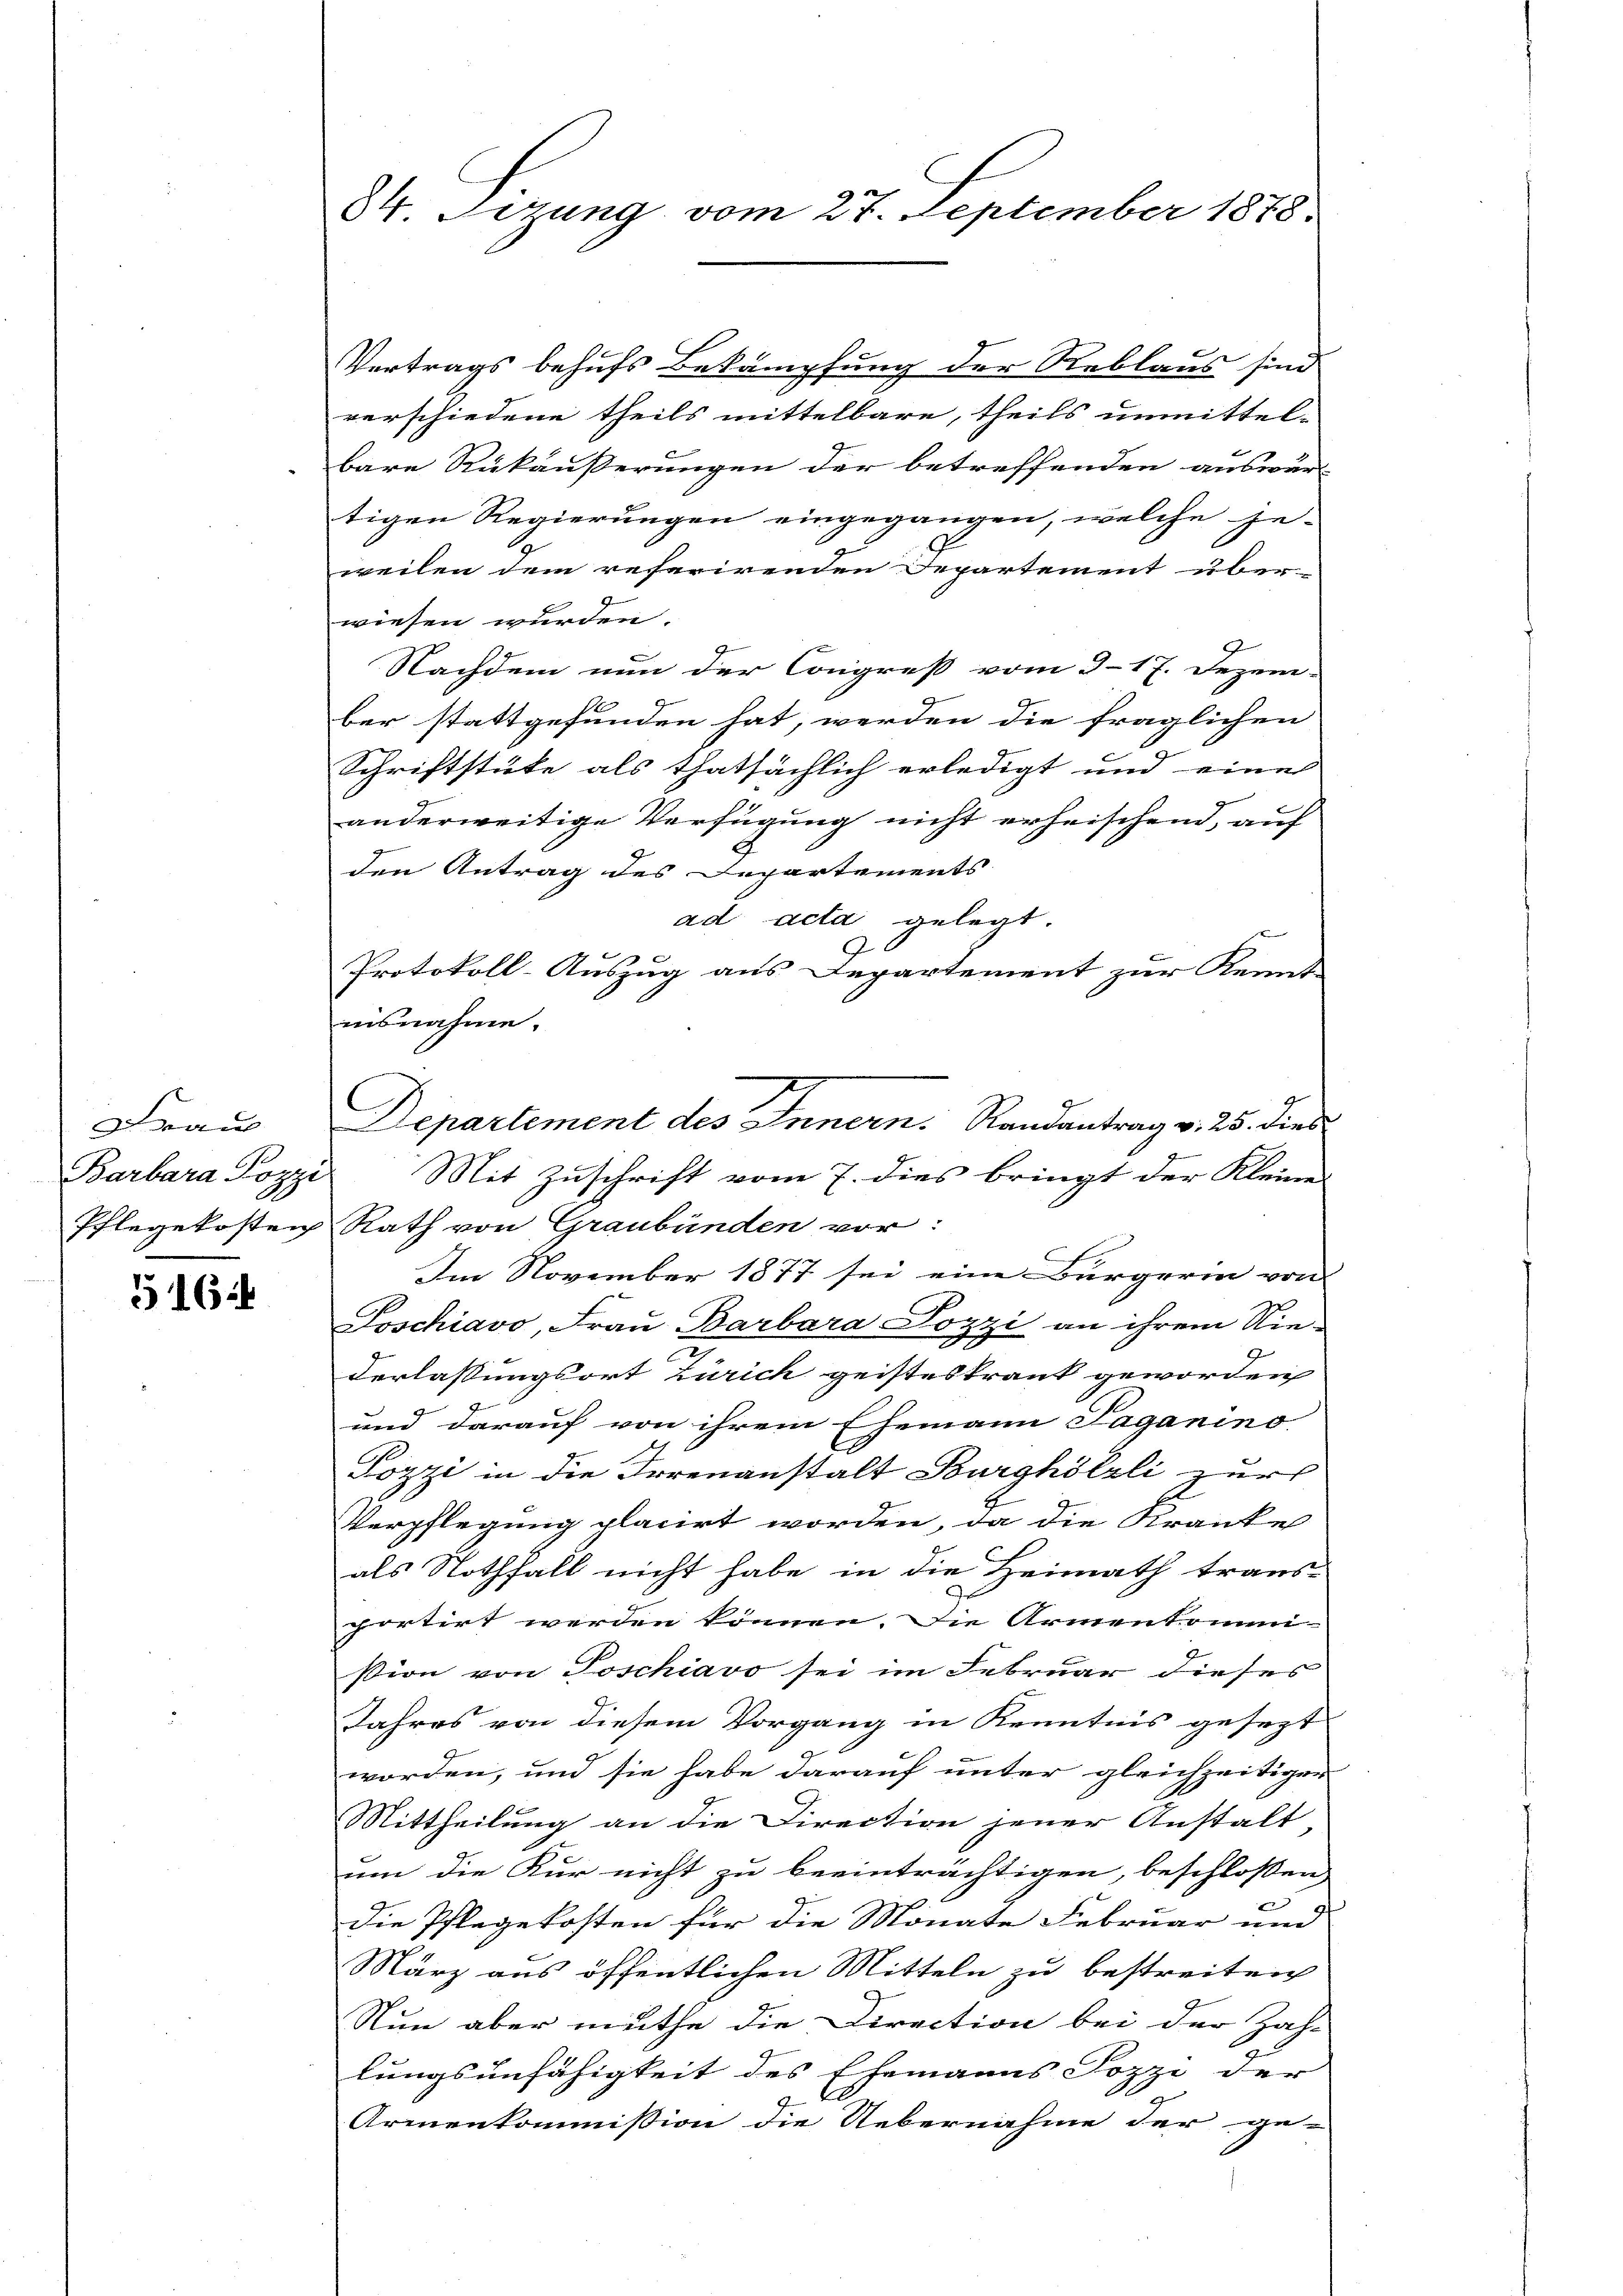
Denen |
Barbara Pozzi

516:

Vertrags behufs Bekämpfung der Reblaus sind
verschiedene theils mittelbare, theils unmittel-
bare Rükäußerungen der betreffenden auswur-
tigen Regierungen eingegangen, welche je-
weilen dem referirenden Departement über
wiesen wurden.
Nachdem nun der Congress vom 317. Dezem-
ber stattgefunden hat, werden die fraglichen
Schriftstüke als thatsächlich erledigt und eines
anderweitige Verfügung nicht erheischend, auf
A
den Antrag des Departements
ad acta gelegt.
Protokoll-Auszug aus Departement zur Kennt
Mit Zuschrift vom 7. dies bringt der Kleinen
Pflegekosten Rath von Graubünden vor:
Im November 1877 sei eine Bürgerin von
Poschiavo, Frau Barbara Pozzi an ihrem Nie-
derlassungsort Zürich geisteskrank geworden
und darauf von ihrem Ehemann Paganino
Pozzi in die Irrenanstalt Burghölzli zur
b
Verpflegung placirt worden, da die Kranke
als Nothfall nicht habe in die Heimath traus-
portirt werden können. Die Armenkommi-
ßion von Poschiavo sei im Februar dieses
Jahres von diesem Vorgang in Kenntnis gesezt
worden, und sie habe darauf unter gleichzeitiger
Mittheilung an die Direction jener Anstalt
um die Kur nicht zu beeinträchtigen, beschlossen
e
Die Pflegekosten für die Monate Februar und
März aus öffentlichen Mitteln zu bestreiten
Nun aber muthe die Direction bei der Zah-
lungsunfähigkeit des Ehemanns Sozze der |
Armenkommission die Uebernahme der ge-

84 Tizung vom 27. September 1878.

insnahme.
C

Departement des Innern. Randantrag v. 25. dies